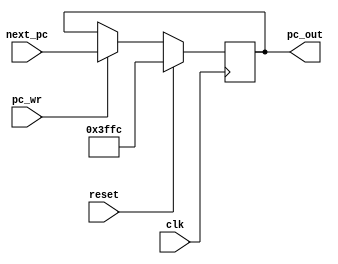
module PC(clk, next_pc, pc_wr, pc_out, reset);
    input clk;
	input [31:2] next_pc;
	input reset;
	input pc_wr;
	output [31:2] pc_out;
	reg [31:2] pc_out;
	
	always@(posedge clk)
	begin
	    if(reset)
		    pc_out <= 30'h8000_fff0 >>2 ;
			//pc_out <= 30'h8000_0000 >>2 ;
		else if(pc_wr)
		    pc_out <= next_pc;
		
	end

endmodule